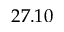
2 7 . 1 0